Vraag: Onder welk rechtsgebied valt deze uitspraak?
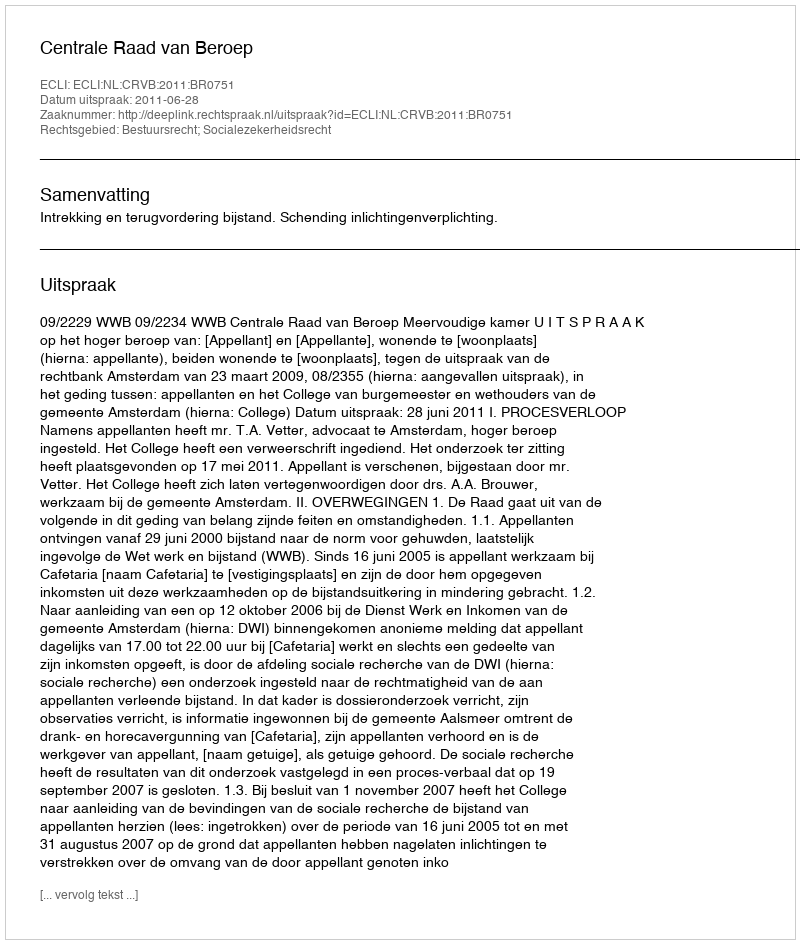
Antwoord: Bestuursrecht; Socialezekerheidsrecht